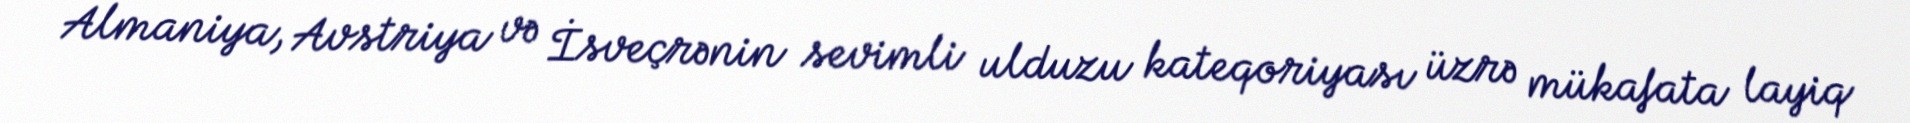
Almaniya, Avstriya və İsveçrənin sevimli ulduzu kateqoriyası üzrə mükafata layiq